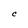
Character: C